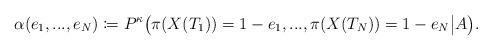
LaTeX: \begin{align*}\alpha(e_1,...,e_N)\coloneqq P^\kappa\big(\pi(X(T_1))=1-e_1,...,\pi(X(T_N))=1-e_N\big|A\big).\end{align*}